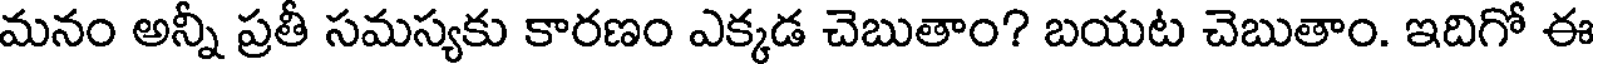
మనం అన్నీ ప్రతీ సమస్యకు కారణం ఎక్కడ చెబుతాం? బయట చెబుతాం. ఇదిగో ఈ